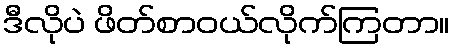
ဒီလိုပဲ ဖိတ်စာဝယ်လိုက်ကြတာ။